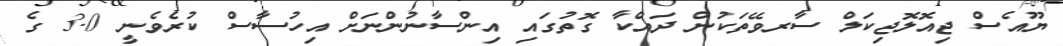
ޔޫއެސް ޖިއޮލޮޖިކަލް ސާރވޭތަކުން ދައްކާ ގޮތުުގައި އިންސާނުންނަށް އިހުސާސް ކުރެވެނީ 3.0 ގެ